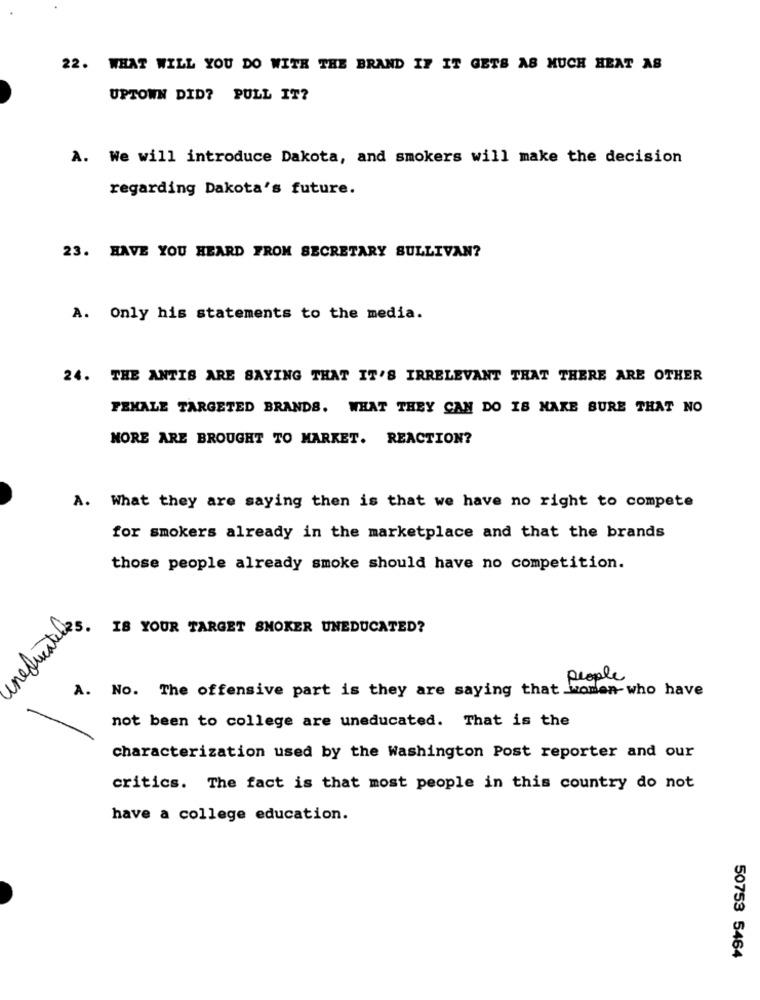
22. WHAT WILL YOU DO WITH THE BRAND IF IT GETS AS MUCH HEAT AS
UPTOWN DID? PULL IT?
A. We will introduce Dakota, and smokers will make the decision
regarding Dakota's future.
23. HAVE YOU HEARD FROM SECRETARY SULLIVAN?
A. Only his statements to the media.
24. THE ANTIS ARE SAYING THAT IT'S IRRELEVANT THAT THERE ARE OTHER
FEMALE TARGETED BRANDS. WHAT THEY CAN DO IS MAKE SURE THAT NO
NORE ARE BROUGHT TO MARKET. REACTION?
A. What they are saying then is that we have no right to compete
for smokers already in the marketplace and that the brands
those people already smoke should have no competition.
IS YOUR TARGET SMOKER UNEDUCATED?
une
people
A. No. The offensive part is they are saying that women-who have
not been to college are uneducated. That is the
characterization used by the Washington Post reporter and our
critics. The fact is that most people in this country do not
have a college education.
50753 5464